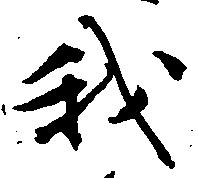
我